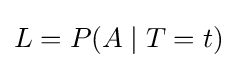
L=P(A\mid T=t)